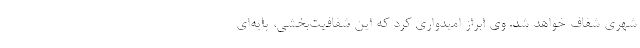
شهری شفاف خواهد شد. وی ابراز امیدواری کرد که این شفافیت‌بخشی، پایه‌ای